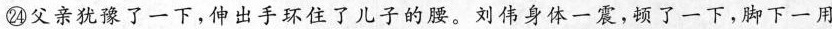
㉔父亲犹豫了一下，伸出手环住了儿子的腰。刘伟身体一震，了一下，脚下一用